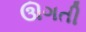
ઊગતી